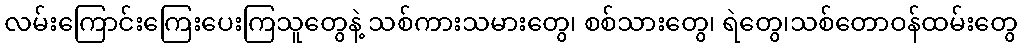
လမ်းကြောင်းကြေးပေးကြသူတွေနဲ့ သစ်ကားသမားတွေ၊ စစ်သားတွေ၊ ရဲတွေ၊သစ်တောဝန်ထမ်းတွေ